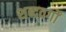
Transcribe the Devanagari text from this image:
शब्दवर्गों